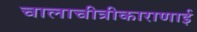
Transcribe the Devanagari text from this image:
चालाचीत्रीकाराणाई